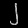
Digit: ၂